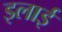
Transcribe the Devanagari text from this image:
इलाई